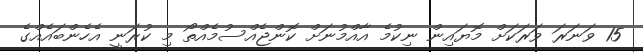
15 ވަނަރަ ވަރަކަށް މޮޔައިން ނިކުމެ އާއްމުނަށް ކޮންޖެއްސުމެއްތޯ މި ކުރަނީ އެހެންބައެއްގެ